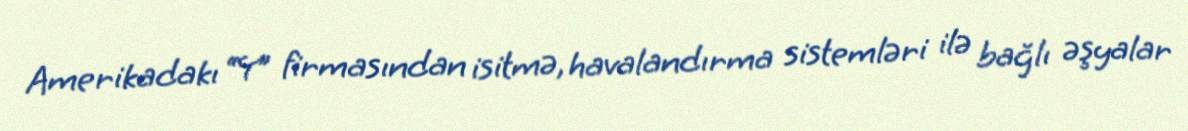
Amerikadakı “Y” firmasından isitmə, havalandırma sistemləri ilə bağlı əşyalar